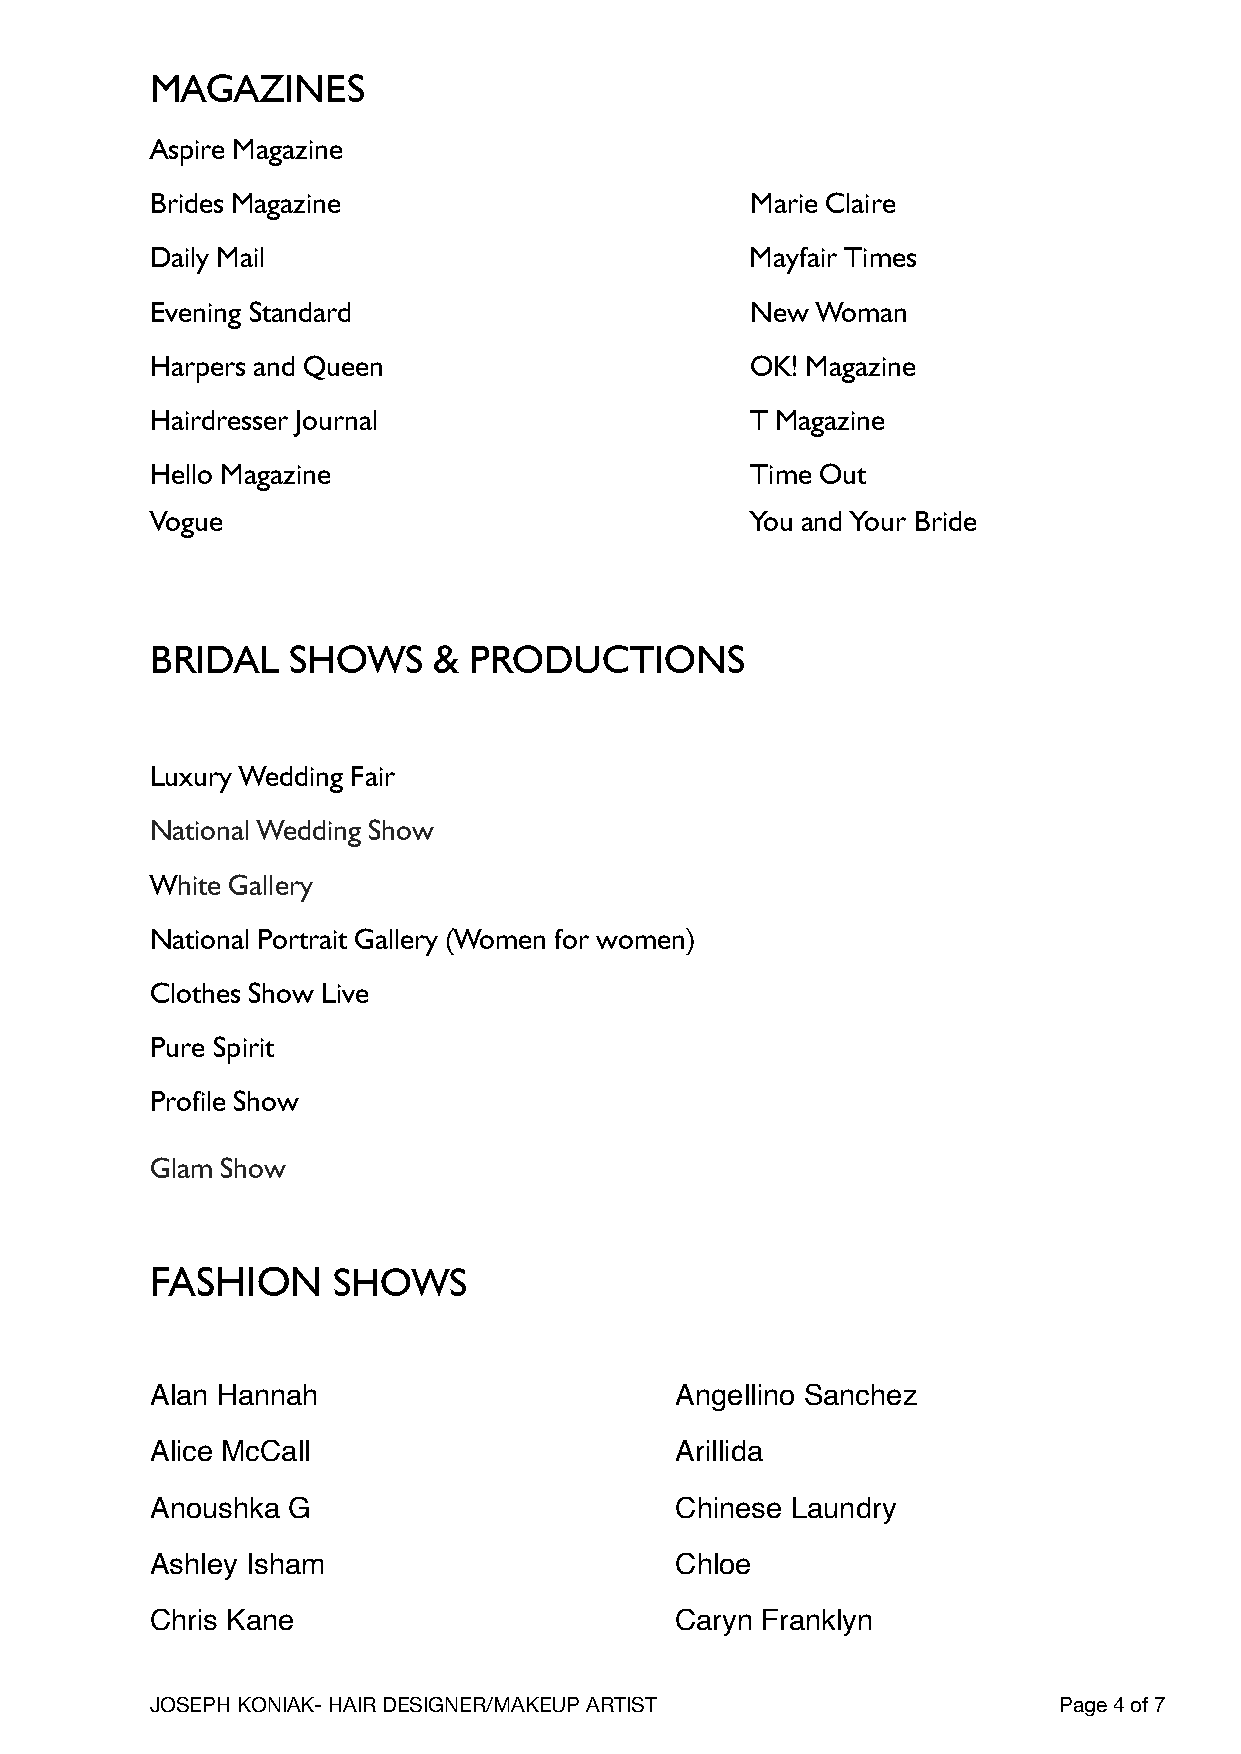
MAGAZINES
 Aspire Magazine
 Brides Magazine                         Marie Claire
 Daily Mail                              Mayfair Times
 Evening Standard                        New Woman
 Harpers and Queen                       OK! Magazine
 Hairdresser Journal                     T Magazine
 Hello Magazine                          Time Out
 Vogue                                   You and Your Bride
 BRIDAL   SHOWS     & PRODUCTIONS
 Luxury Wedding Fair
 National Wedding Show
 White Gallery
 National Portrait Gallery (Women for women)
 Clothes Show Live
 Pure Spirit
 Profile Show
 Glam Show
 FASHION     SHOWS
 Alan Hannah                        Angellino Sanchez
 Alice McCall                       Arillida
 Anoushka G                         Chinese Laundry
 Ashley Isham                       Chloe
 Chris Kane                         Caryn Franklyn
 JOSEPH KONIAK- HAIR DESIGNER/MAKEUP ARTIST                  Page 4 of 7